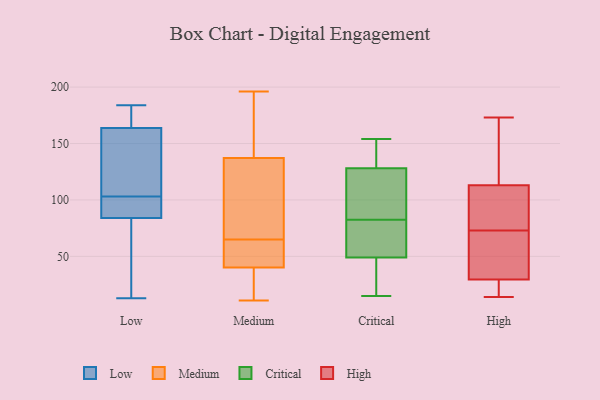
{"axis": {"x": "Page Views", "y": "Value"}, "legend": ["Critical", "High", "Low", "Medium"], "data": [{"x": "", "y": 148, "type": "Low"}, {"x": "", "y": 103, "type": "Low"}, {"x": "", "y": 109, "type": "Low"}, {"x": "", "y": 15, "type": "Low"}, {"x": "", "y": 13, "type": "Low"}, {"x": "", "y": 169, "type": "Low"}, {"x": "", "y": 175, "type": "Low"}, {"x": "", "y": 96, "type": "Low"}, {"x": "", "y": 83, "type": "Low"}, {"x": "", "y": 184, "type": "Low"}, {"x": "", "y": 87, "type": "Low"}, {"x": "", "y": 11, "type": "Medium"}, {"x": "", "y": 97, "type": "Medium"}, {"x": "", "y": 43, "type": "Medium"}, {"x": "", "y": 19, "type": "Medium"}, {"x": "", "y": 50, "type": "Medium"}, {"x": "", "y": 164, "type": "Medium"}, {"x": "", "y": 196, "type": "Medium"}, {"x": "", "y": 147, "type": "Medium"}, {"x": "", "y": 73, "type": "Medium"}, {"x": "", "y": 65, "type": "Medium"}, {"x": "", "y": 32, "type": "Medium"}, {"x": "", "y": 56, "type": "Medium"}, {"x": "", "y": 134, "type": "Medium"}, {"x": "", "y": 15, "type": "Critical"}, {"x": "", "y": 147, "type": "Critical"}, {"x": "", "y": 74, "type": "Critical"}, {"x": "", "y": 23, "type": "Critical"}, {"x": "", "y": 91, "type": "Critical"}, {"x": "", "y": 48, "type": "Critical"}, {"x": "", "y": 50, "type": "Critical"}, {"x": "", "y": 110, "type": "Critical"}, {"x": "", "y": 154, "type": "Critical"}, {"x": "", "y": 114, "type": "Critical"}, {"x": "", "y": 70, "type": "Critical"}, {"x": "", "y": 142, "type": "Critical"}, {"x": "", "y": 54, "type": "High"}, {"x": "", "y": 73, "type": "High"}, {"x": "", "y": 75, "type": "High"}, {"x": "", "y": 147, "type": "High"}, {"x": "", "y": 173, "type": "High"}, {"x": "", "y": 70, "type": "High"}, {"x": "", "y": 95, "type": "High"}, {"x": "", "y": 21, "type": "High"}, {"x": "", "y": 27, "type": "High"}, {"x": "", "y": 166, "type": "High"}, {"x": "", "y": 114, "type": "High"}, {"x": "", "y": 110, "type": "High"}, {"x": "", "y": 37, "type": "High"}, {"x": "", "y": 26, "type": "High"}, {"x": "", "y": 14, "type": "High"}]}